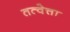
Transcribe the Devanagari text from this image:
तत्वेत्ता